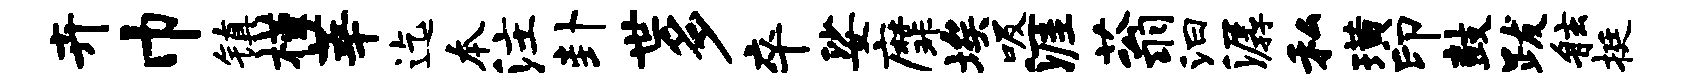
卉巾镇槿莘迄本注卦世多卒娑縻埃吸涯蓊汩潺私璜印鼓跋舷挺